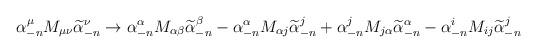
LaTeX: \begin{align*}\alpha^\mu_{-n} M_{\mu\nu}\widetilde\alpha^\nu_{-n}\rightarrow\alpha^\alpha_{-n} M_{\alpha\beta}\widetilde\alpha^\beta_{-n}-\alpha^\alpha_{-n} M_{\alpha j}\widetilde\alpha^j_{-n}+\alpha^j_{-n} M_{j\alpha }\widetilde\alpha^\alpha_{-n}-\alpha^i_{-n} M_{ij}\widetilde\alpha^j_{-n}\end{align*}